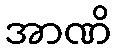
အာဏိ